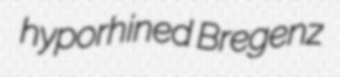
hyporhined Bregenz